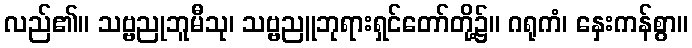
လည်၏။ သဗ္ဗညုဘူမီသု၊ သဗ္ဗညူဘုရားရှင်တော်တို့၌။ ဂရုကံ၊ နှေးကန်စွာ။